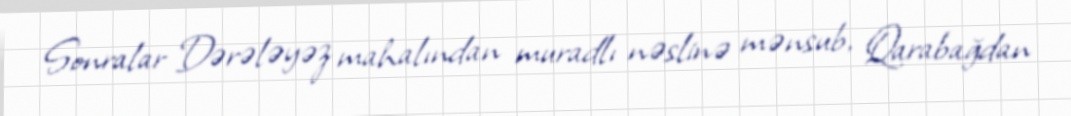
Sonralar Dərələyəz mahalından muradlı nəslinə mənsub, Qarabağdan